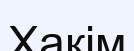
Хакім